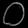
Digit: ၀